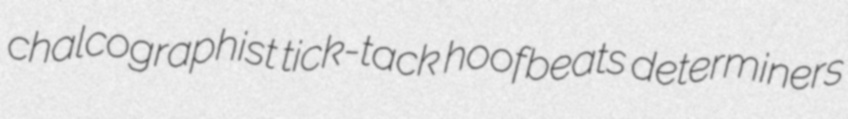
chalcographist tick-tack hoofbeats determiners